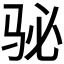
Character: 𱅈